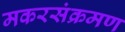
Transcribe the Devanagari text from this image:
मकरसंक्रमण